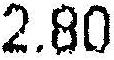
2.80